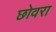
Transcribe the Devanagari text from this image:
छोवरा